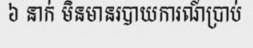
៦ នាក់ មិនមានរបាយការណ៍ប្រាប់